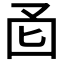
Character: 𫭄